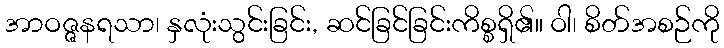
အာဝဇ္ဇနရသာ၊ နှလုံးသွင်းခြင်း, ဆင်ခြင်ခြင်းကိစ္စရှိ၏။ ဝါ၊ စိတ်အစဉ်ကို